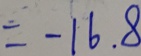
= - 1 6 . 8